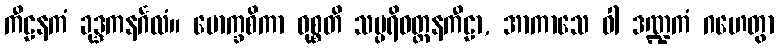
ကီဠနကံ ခုဒ္ဒကနင်္ဂလံ။ မောက္ခစိကာ ဝုစ္စတိ သမ္ပရိဝတ္တနကီဠာ, အာကာသေ ဝါ ဒဏ္ဍကံ ဂဟေတွာ